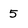
Character: 5